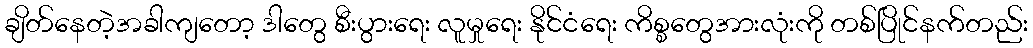
ချိတ်နေတဲ့အခါကျတော့ ဒါတွေ စီးပွားရေး လူမှုရေး နိုင်ငံရေး ကိစ္စတွေအားလုံးကို တစ်ပြိုင်နက်တည်း